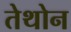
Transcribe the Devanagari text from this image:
तेथोन